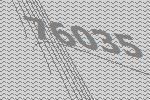
76035